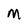
Character: M